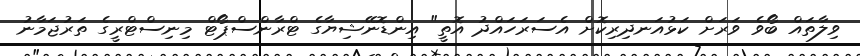
ވިލާތައް ބޯވެ ވަރަށް ކަޅުއަނދިރިކޮށް އެސަރަހައްދު އޮތީ" އިންޑޮނޭޝިޔާގެ ޓްރާންސްޕޯޓް މިނިސްޓްރީގެ ތަރުޖަމާނު